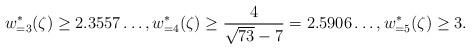
LaTeX: \begin{align*}w_{=3}^{\ast}(\zeta) \geq 2.3557\ldots, w_{=4}^{\ast}(\zeta) \geq \frac{4}{\sqrt{73}-7}= 2.5906\ldots,w_{=5}^{\ast}(\zeta) \geq 3.\end{align*}